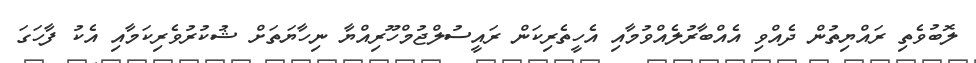
ލޮބުވެތި ރައްޔިތުން ދެއްވި އެއްބާރުލެއްވުމާއި އެހީތެރިކަން ރައީސުލްޖުމްހޫރިއްޔާ ނިހާޔަތަށް ޝުކުރުވެރިކަމާއި އެކު ފާހަގަ